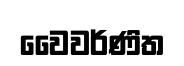
වෛවර්ණිත